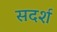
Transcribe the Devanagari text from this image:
सदर्श